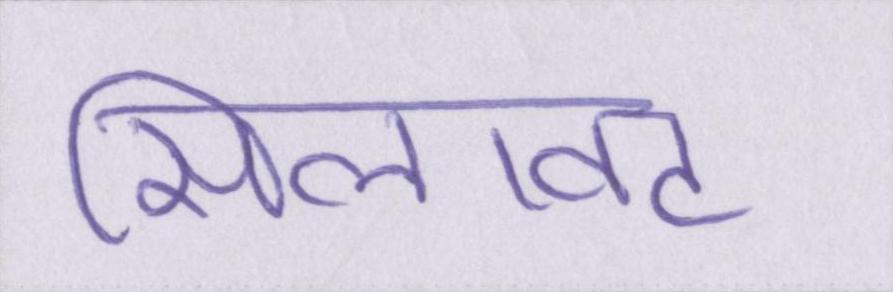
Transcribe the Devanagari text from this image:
सिलावट